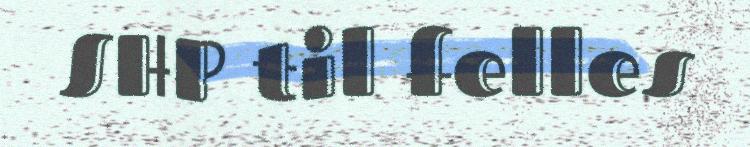
SHP til felles